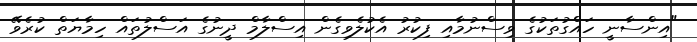
"އިންސާނީ ހައްގުތަކުގެ ވިސްނުމާއި ފިކުރު އެކުލެވިގެން އިސްލާމް ދީނުގެ އަސްލުތައް ހިމާޔަތް ކުރެވޭ